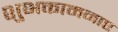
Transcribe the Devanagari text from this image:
शुभकामनाए